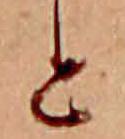
と